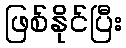
ဖြစ်နိုင်ပြီး